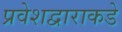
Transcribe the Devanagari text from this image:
प्रवेशद्वाराकडे